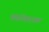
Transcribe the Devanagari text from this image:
बासरीवादनाचा